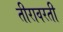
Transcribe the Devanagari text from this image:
तीरावरती